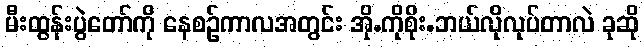
မီးထွန်းပွဲတော်ကို နေစဉ်ကာလအတွင်း အို.ကိုစိုး.ဘယ်လိုလုပ်တာလဲ ခုဆို